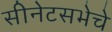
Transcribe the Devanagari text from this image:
सीनेटसभेचे